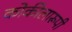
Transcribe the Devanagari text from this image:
कोकीलारूपी